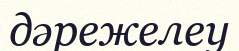
дәрежелеу